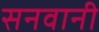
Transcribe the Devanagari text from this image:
सनवानी